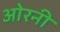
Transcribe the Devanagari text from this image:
ओरनी